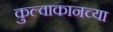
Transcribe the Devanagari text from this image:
कुल्वाकानच्या